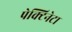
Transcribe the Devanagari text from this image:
पेक्टिनेटा